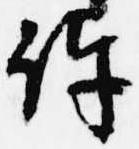
許